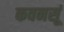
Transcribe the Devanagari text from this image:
कवनसूं